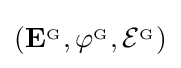
\left(\mathbf {E} ^{_{\mathrm {G} }},\varphi ^{_{\mathrm {G} }},{\mathcal {E}}^{_{\mathrm {G} }}\right)